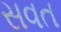
સવત